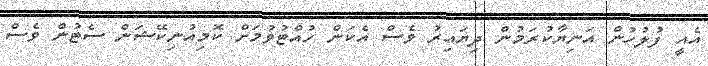
އެއީ ފުލުހުން އަނިޔާކުރަމުން ދިޔައިރު ވެސް އެކަން ހުއްޓުވުމަށް ކޮމިއުނިކޭޝަން ސެޓުން ވެސް